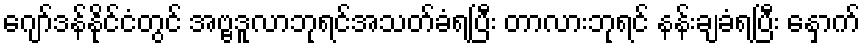
ဂျော်ဒန်နိုင်ငံတွင် အဗ္ဗဒူလာဘုရင်အသတ်ခံရပြီး တာလားဘုရင် နန်းချခံရပြီး နှောက်